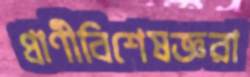
প্রাণীবিশেষজ্ঞরা